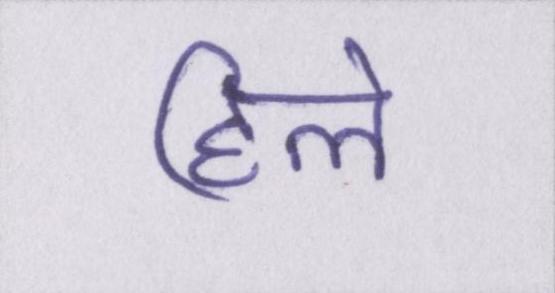
हिले